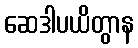
ဆေဒါပယိတွာန